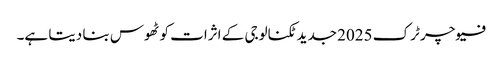
فیوچر ٹرک 2025 جدید ٹکنالوجی کے اثرات کو ٹھوس بنا دیتا ہے۔